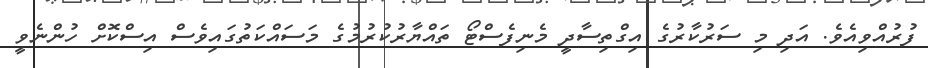
ފުރުއްވިއެވެ. އަދި މި ސަރުކާރުގެ އިގްތިސާދީ މެނިފެސްޓޯ ތައްޔާރުކުރުމުގެ މަސައްކަތުގައިވެސް އިސްކޮށް ހުންނެވީ